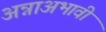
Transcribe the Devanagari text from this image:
अन्नाअभावी